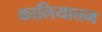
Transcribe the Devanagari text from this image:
कालियात्तम